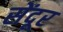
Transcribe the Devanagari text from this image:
सेंदूर